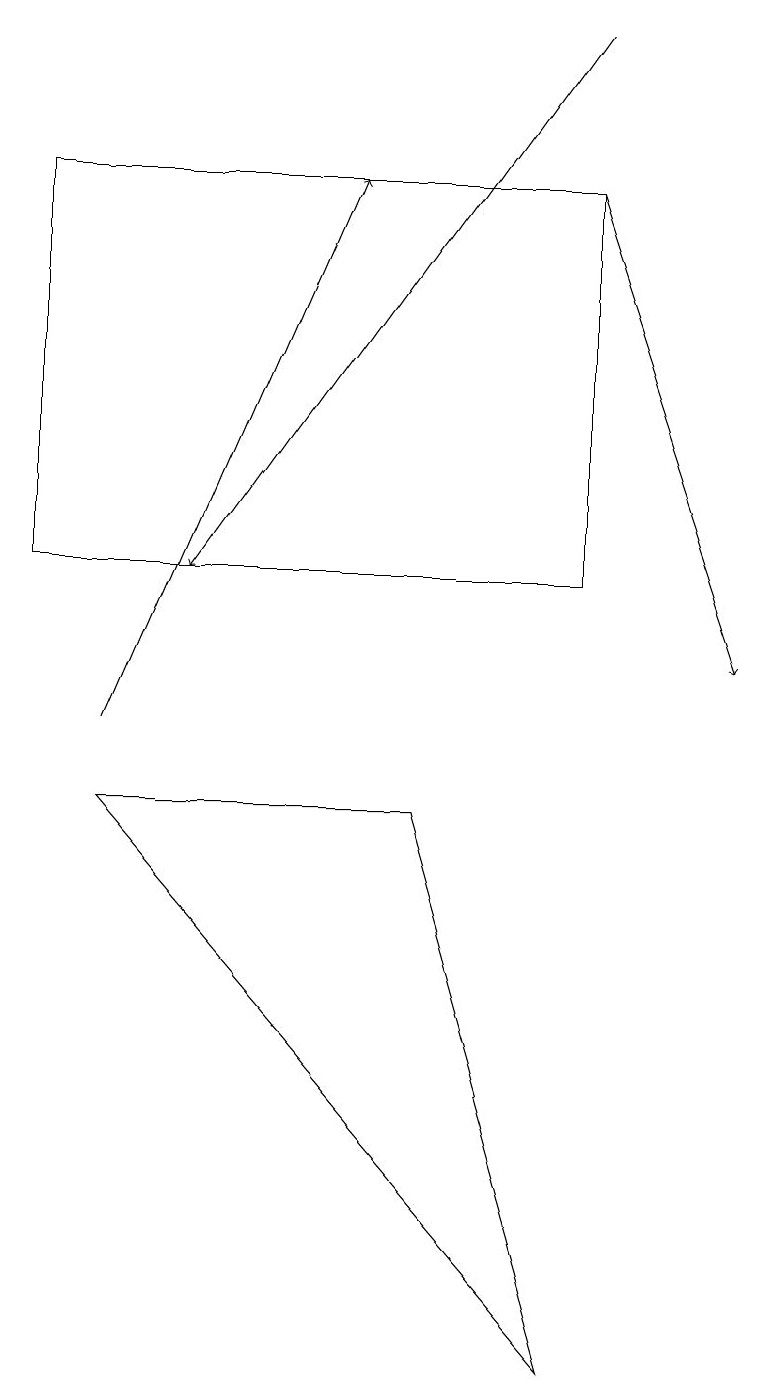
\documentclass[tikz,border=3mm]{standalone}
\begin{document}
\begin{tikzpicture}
\draw[->] (7,17) -- (9,11);
\draw (7,17) rectangle (0,12);
\draw[->] (7,19) -- (2,12);
\draw[->] (1,10) -- (4,17);
\draw (5,9) -- (1,9) -- (7,2) -- cycle;
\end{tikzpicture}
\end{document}